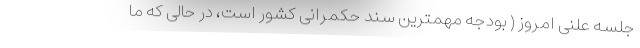
جلسه علنی امروز ( بودجه مهمترین سند حکمرانی کشور است، در حالی که ما